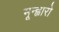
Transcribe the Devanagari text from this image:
मून्ह्वारो